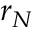
r _ { N }